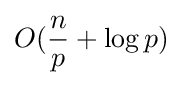
O({\frac {n}{p}}+\log p)